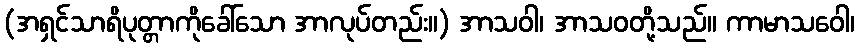
(အရှင်သာရိပုတ္တာကိုခေါ်သော အာလုပ်တည်း။) အာသဝါ၊ အာသဝတို့သည်။ ကာမာသဝေါ၊